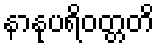
နာနုပရိဝတ္တတိ